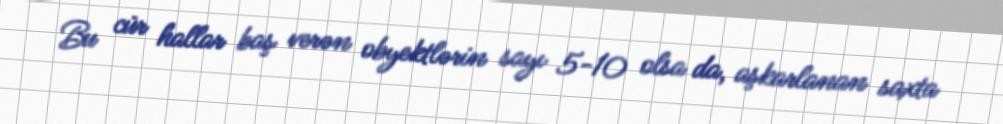
Bu cür hallar baş verən obyektlərin sayı 5-10 olsa da, aşkarlanan saxta